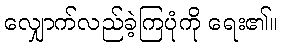
လျှောက်လည်ခဲ့ကြပုံကို ရေး၏။